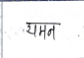
मजकूर: यमन